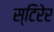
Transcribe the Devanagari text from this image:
स्टिरेर